Lunatic asylums Bombay report 1891-1903 - 1891-1903
Year: 1891
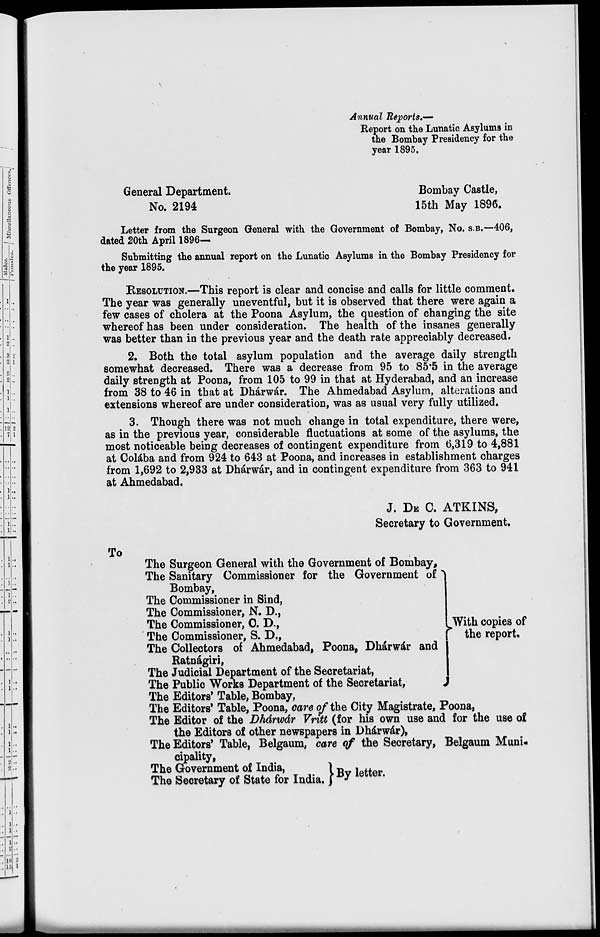
Annual Reports.—
Report on the Lunatic Asylums in
the Bombay Presidency for the
year 1895.
General Department.
Bombay Castle,
No. 2194
15th May 1896.
Letter from the Surgeon General with the Government of Bombay, No. S.B.—406,
dated 20th April 1896—
Submitting the annual report on the Lunatic Asylums in the Bombay Presidency for
the year 1895.
RESOLUTION.—This report is clear and concise and calls for little comment.
The year was generally uneventful, but it is observed that there were again a
few cases of cholera at the Poona Asylum, the question of changing the site
whereof has been under consideration. The health of the insanes generally
was better than in the previous year and the death rate appreciably decreased.
2. Both the total asylum population and the average daily strength
somewhat decreased. There was a decrease from 95 to 85.5 in the average
daily strength at Poona, from 105 to 99 in that at Hyderabad, and an increase
from 38 to 46 in that at Dhárwár. The Ahmedabad Asylum, alterations and
extensions whereof are under consideration, was as usual very fully utilized.
3. Though there was not much change in total expenditure, there were,
as in the previous year, considerable fluctuations at some of the asylums, the
most noticeable being decreases of contingent expenditure from 6,319 to 4,881
at Colába and from 924 to 643 at Poona, and increases in establishment charges
from 1,692 to 2,933 at Dhárwár, and in contingent expenditure from 363 to 941
at Ahmedabad.
J. DE C. ATKINS,
Secretary to Government.
To
The Surgeon General with the Government of Bombay,
The Sanitary Commissioner for the Government of
Bombay,
The Commissioner in Sind,
The Commissioner, N. D.,
The Commissioner, C. D.,
The Commissioner, S. D.,
The Collectors of Ahmedabad, Poona, Dhárwár and
Ratnágiri,
The Judicial Department of the Secretariat,
The Public Works Department of the Secretariat,
The Editors' Table, Bombay,
With copies of
the report.
The Editors' Table, Poona, care of the City Magistrate, Poona,
The Editor of the Dhárwár Vritt (for his own use and for the use of
the Editors of other newspapers in Dhárwár),
The Editors' Table, Belgaum, care of the Secretary, Belgaum Muni-
cipality,
The Government of India,
The Secretary of State for India.
By letter.